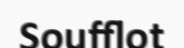
Soufflot